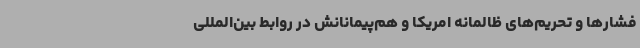
فشارها و تحریم‌های ظالمانه امریکا و هم‌پیمانانش در روابط بین‌المللی